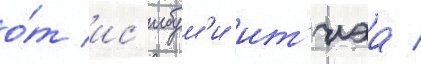
о́т ис'ибум'и ит'иэа /